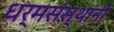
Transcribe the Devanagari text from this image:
धर्मसंस्थांनी